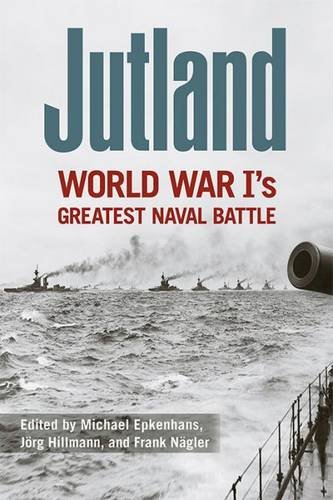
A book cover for Jutland: World War I's Greatest Naval Battle (Foreign Military Studies); History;